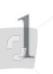
1